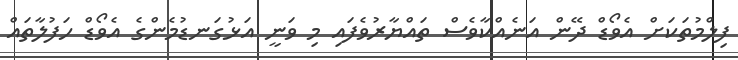
ފިލްމުތަކަށް އެވޯޑް ދޭން އަނެއްކާވެސް ތައްޔާރުވެފައި މި ވަނީ އަޅުގަނޑުމެންގެ އެވޯޑް ހަފުލާތައް